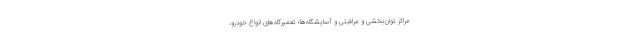
مراکز توان‌بخشی و مراقبتی و آسایشگاه‌ها؛ تعمیرگاه‌های انواع خودرو،